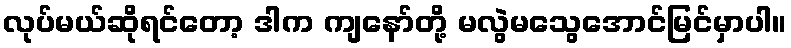
လုပ်မယ်ဆိုရင်တော့ ဒါက ကျနော်တို့ မလွဲမသွေအောင်မြင်မှာပါ။